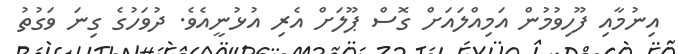
އިނުމާއި ފޫހިވުމުން އަމިއްލައަށް ގޮސް ޕޫލަށް އެރި އުޅުނީއެވެ. ދުވަހުގެ ގިނަ ވަގުތު